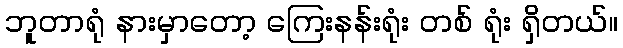
ဘူတာရုံ နားမှာတော့ ကြေးနန်းရုံး တစ် ရုံး ရှိတယ်။